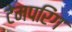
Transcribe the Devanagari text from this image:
टेमपरिंग